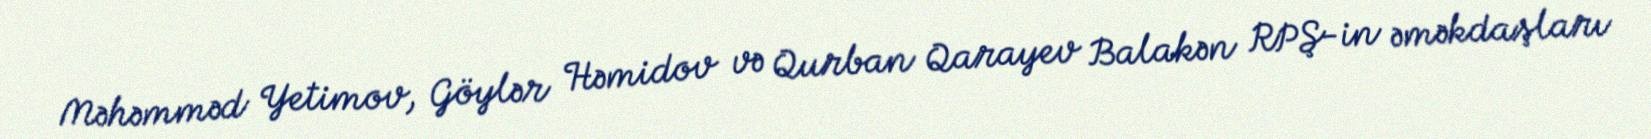
Məhəmməd Yetimov, Göylər Həmidov və Qurban Qarayev Balakən RPŞ-in əməkdaşları